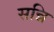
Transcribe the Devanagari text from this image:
सन्नि